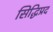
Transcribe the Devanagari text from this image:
सिद्धिप्रद